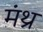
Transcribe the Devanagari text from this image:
मंथ्र